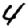
Digit: 4